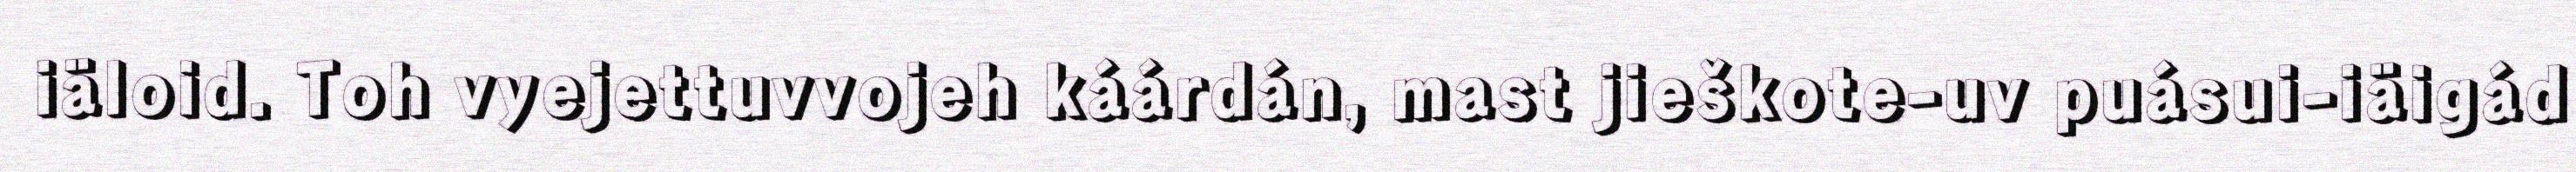
iäloid. Toh vyejettuvvojeh káárdán, mast jieškote-uv puásui-iäigád